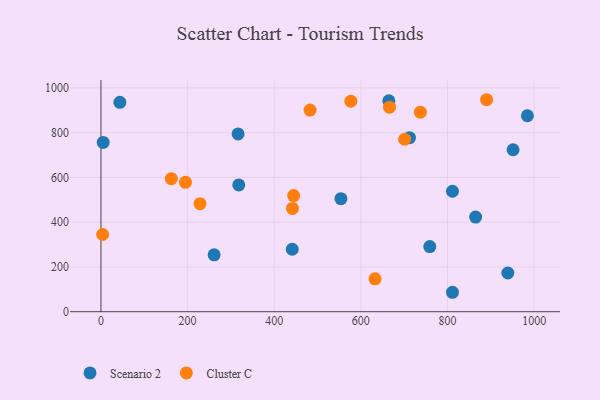
{"axis": {"x": "Investment", "y": "Rating"}, "legend": ["Cluster C", "Scenario 2"], "data": [{"x": "318.1", "y": 566.5, "type": "Scenario 2"}, {"x": "441.6", "y": 278.9, "type": "Scenario 2"}, {"x": "864.9", "y": 422.5, "type": "Scenario 2"}, {"x": "43.6", "y": 935.2, "type": "Scenario 2"}, {"x": "712.3", "y": 777.5, "type": "Scenario 2"}, {"x": "984.4", "y": 875.4, "type": "Scenario 2"}, {"x": "951.4", "y": 723.4, "type": "Scenario 2"}, {"x": "811.5", "y": 538.1, "type": "Scenario 2"}, {"x": "759.1", "y": 290.9, "type": "Scenario 2"}, {"x": "939.3", "y": 173.0, "type": "Scenario 2"}, {"x": "554.0", "y": 505.1, "type": "Scenario 2"}, {"x": "811.5", "y": 86.8, "type": "Scenario 2"}, {"x": "316.5", "y": 794.1, "type": "Scenario 2"}, {"x": "664.6", "y": 942.0, "type": "Scenario 2"}, {"x": "5.1", "y": 756.2, "type": "Scenario 2"}, {"x": "261.2", "y": 253.9, "type": "Scenario 2"}, {"x": "162.4", "y": 594.3, "type": "Cluster C"}, {"x": "632.6", "y": 146.7, "type": "Cluster C"}, {"x": "576.9", "y": 940.4, "type": "Cluster C"}, {"x": "666.1", "y": 913.7, "type": "Cluster C"}, {"x": "737.4", "y": 891.2, "type": "Cluster C"}, {"x": "444.8", "y": 518.8, "type": "Cluster C"}, {"x": "890.3", "y": 946.9, "type": "Cluster C"}, {"x": "3.8", "y": 344.9, "type": "Cluster C"}, {"x": "482.6", "y": 900.8, "type": "Cluster C"}, {"x": "701.1", "y": 770.3, "type": "Cluster C"}, {"x": "195.1", "y": 578.1, "type": "Cluster C"}, {"x": "228.6", "y": 482.5, "type": "Cluster C"}, {"x": "442.1", "y": 461.4, "type": "Cluster C"}]}